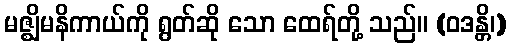
မဇ္ဈိမနိကာယ်ကို ရွတ်ဆို သော ထေရ်တို့ သည်။ (ဝဒန္တိ၊)